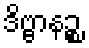
ဒိဗ္ဗာနဉ္စ